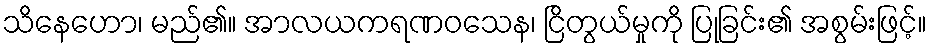
သိနေဟော၊ မည်၏။ အာလယကရဏဝသေန၊ ငြိတွယ်မှုကို ပြုခြင်း၏ အစွမ်းဖြင့်။